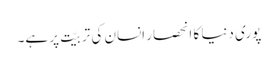
پوری دنیا کا انحصار انسان کی تربیّت پر ہے۔